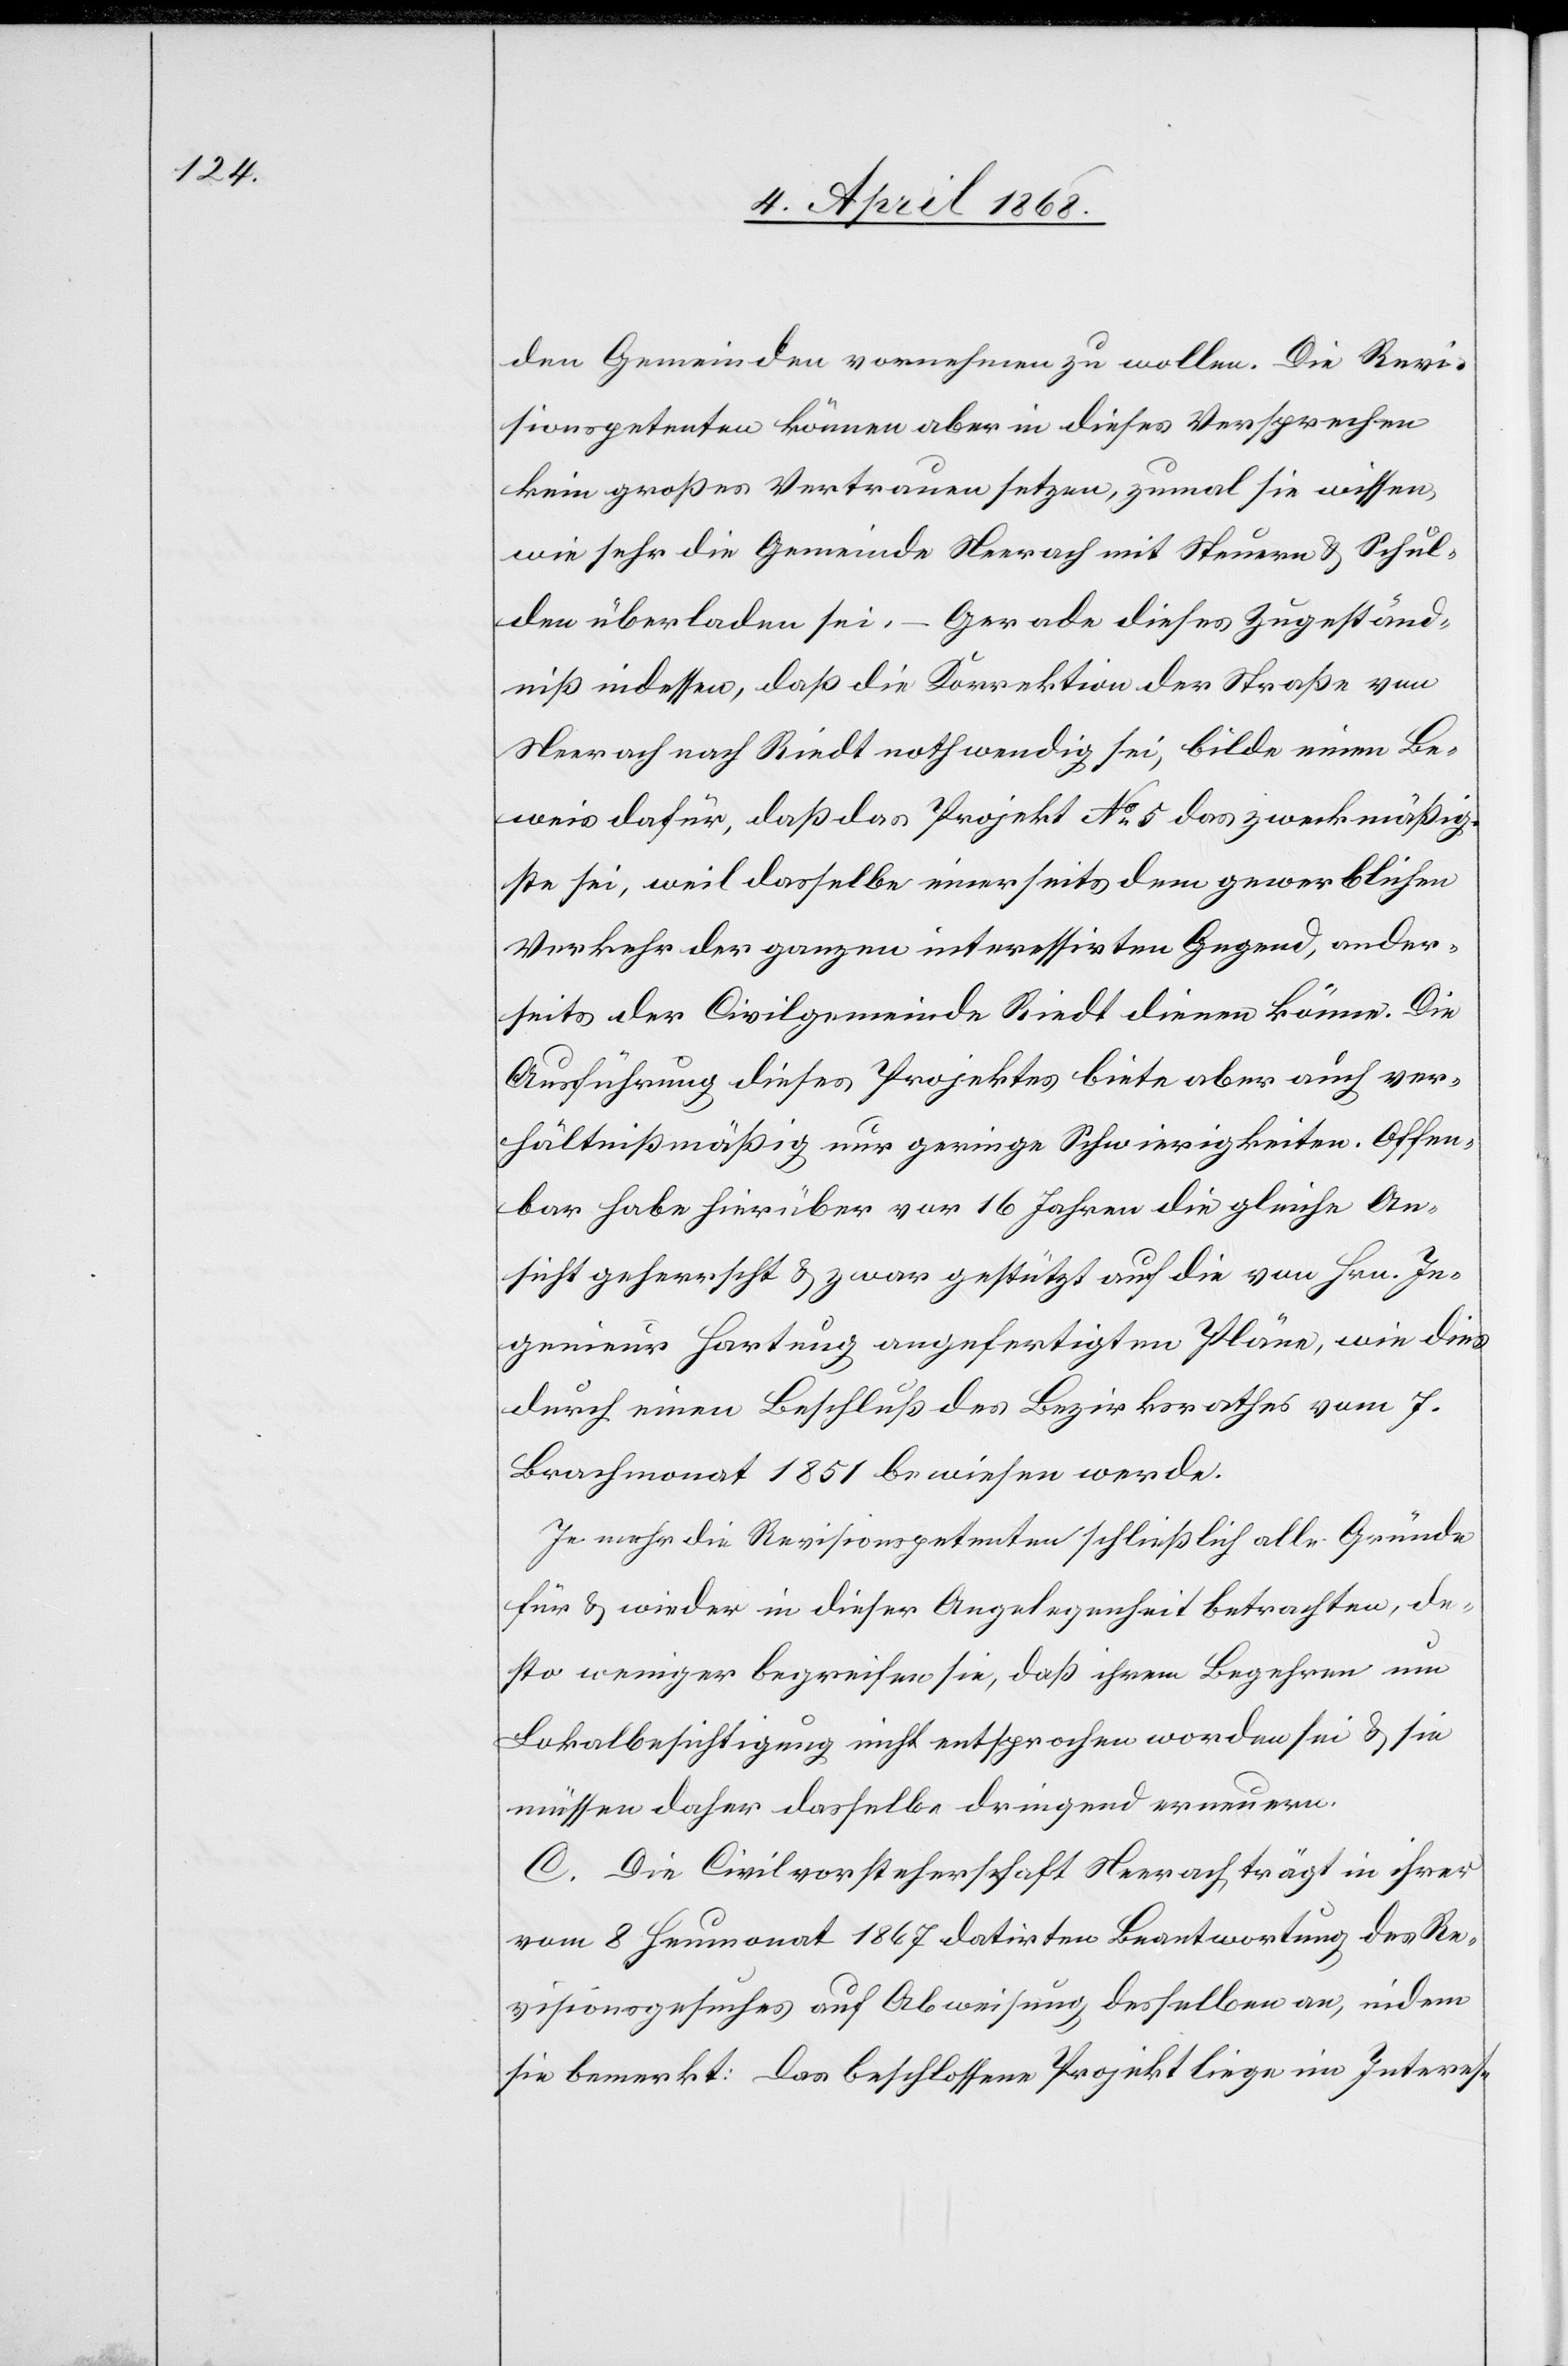
den Gemeinden vornehmen zu wollen. Die Revi¬
sionspetenten können aber in dieses Versprechen
kein großes Vertrauen setzen, zumal sie wissen,
wie sehr die Gemeinde Neerach mit Steuern & Schul¬
den überladen sei, – Gerade dieses Zugeständ¬
niß indessen, daß die Korrektion der Straße von
Neerach nach Riedt nothwendig sei, bilde einen Be¬
weis dafür, daß das Projekt No. 5 das zweckmäßig¬
ste sei, weil dasselbe einerseits dem gewerblichen
Verkehr der ganzen interessirten Gegend, ander¬
seits der Civilgemeinde Riedt dienen könne. Die
Ausführung dieses Projektes biete aber auch ver¬
hältnißmäßig nur geringe Schwierigkeiten. Offen¬
bar habe hierüber vor 16 Jahren die gleiche An¬
sicht geherrscht & zwar gestützt auf die von Hrn. In¬
genieur Hartung angefertigten Pläne, wie dies
durch einen Beschluß des Bezirksrathes vom 7.
Brachmonat 1851 bewiesen werde.
Je mehr die Revisionspetenten schließlich alle Gründe
für & wieder [sic!] in dieser Angelegenheit betrachten, de¬
sto weniger begreifen sie, daß ihrem Begehren um
Lokalbesichtigung nicht entsprochen worden sei & sie
müssen daher dasselbe dringend erneuern.
C. Die Civilvorsteherschaft Neerach trägt in ihrer
vom 8 Heumonat 1867 datirten Beantwortung des Re¬
visionsgesuches auf Abweisung desselben an, indem
sie bemerkt: das beschlossene Projekt liege im Interes-